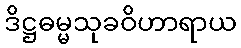
ဒိဋ္ဌဓမ္မသုခဝိဟာရာယ